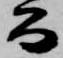
公